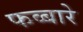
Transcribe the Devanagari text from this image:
फव्‍बारे